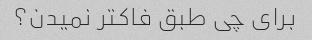
براى چى طبق فاکتر نمیدن؟